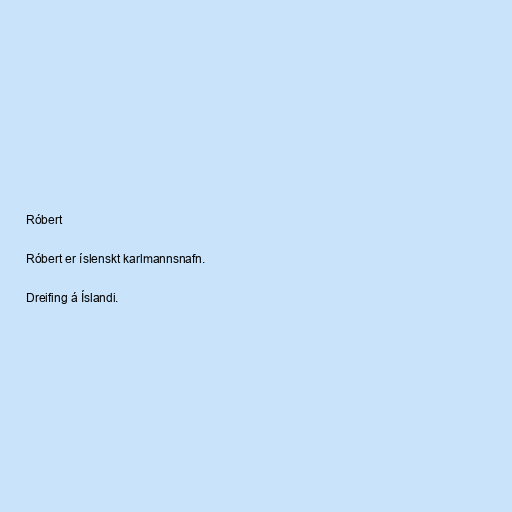
Róbert

Róbert er íslenskt karlmannsnafn.

Dreifing á Íslandi.